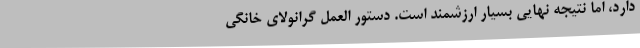
دارد، اما نتیجه نهایی بسیار ارزشمند است. دستور العمل گرانولای خانگی